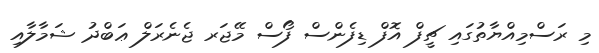
މި ރަސްމިއްޔާތުގައި ޗީފް އޮފް ޑިފެންސް ފޯސް މޭޖަރ ޖެނެރަލް ޢަބްދު ޝަމާލާއި